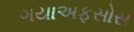
ગયાઅફસોસ